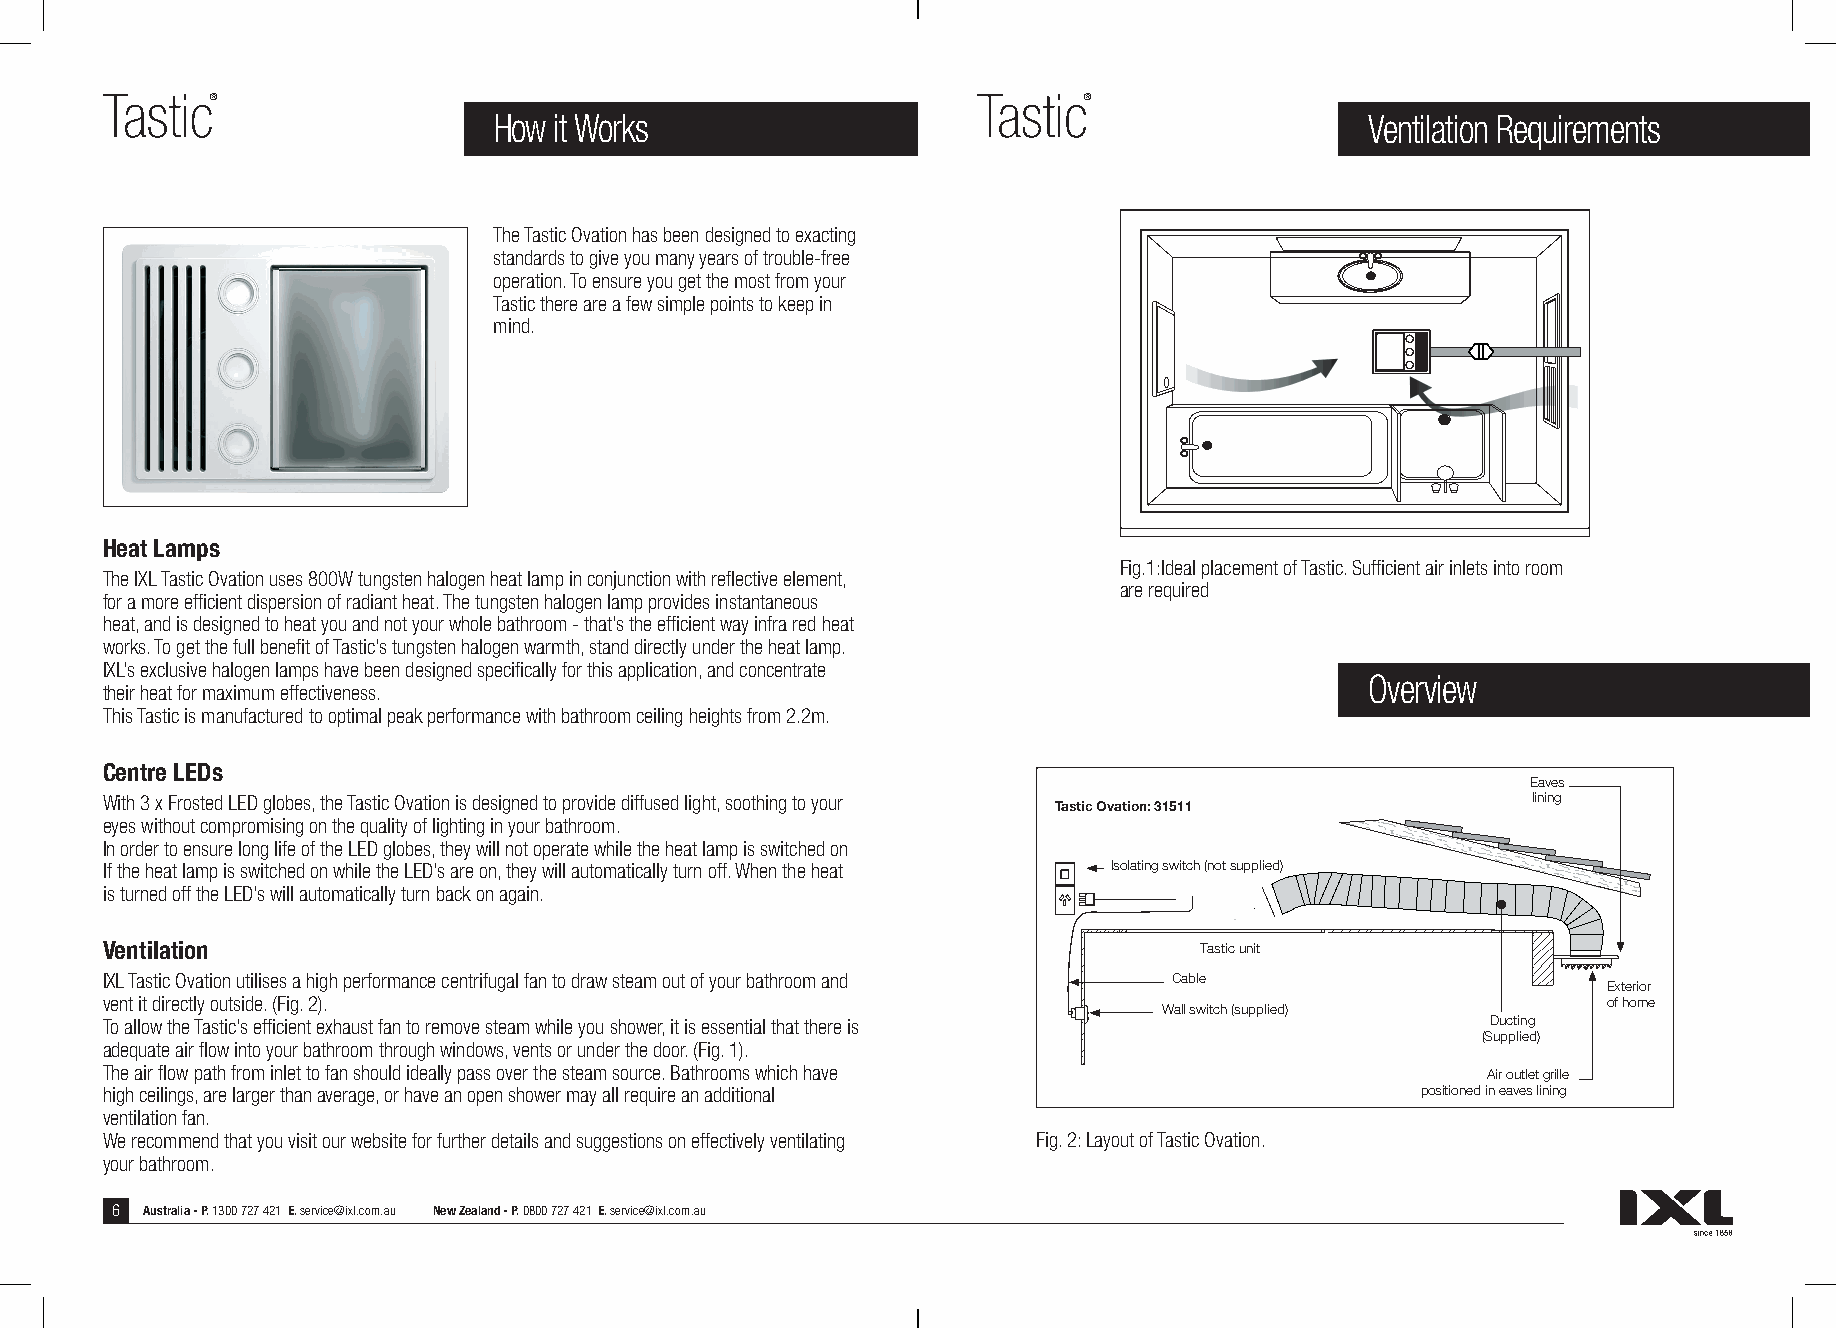
Tastic®                                                   Tastic®
 How it Works                                              Ventilation Requirements
 The Tastic Ovation has been designed to exacting
 standards to give you many years of trouble-free
 operation. To ensure you get the most from your
 Tastic there are a few simple points to keep in
 mind.
 Heat Lamps
 Fig.1:Ideal placement of Tastic. Sufficient air inlets into room
 The IXL Tastic Ovation uses 800W tungsten halogen heat lamp in conjunction with reflective element,
 are required
 for a more efficient dispersion of radiant heat. The tungsten halogen lamp provides instantaneous
 heat, and is designed to heat you and not your whole bathroom - that’s the efficient way infra red heat
 works. To get the full benefit of Tastic’s tungsten halogen warmth, stand directly under the heat lamp.
 IXL’s exclusive halogen lamps have been designed specifically for this application, and concentrate
 Overview
 their heat for maximum effectiveness.
 This Tastic is manufactured to optimal peak performance with bathroom ceiling heights from 2.2m.
 Centre LEDs
 Eav es
 With 3 x Frosted LED globes, the Tastic Ovation is designed to provide diffused light, soothing to your lining
 Tastic Ovation: 31511
 eyes without compromising on the quality of lighting in your bathroom.
 In order to ensure long life of the LED globes, they will not operate while the heat lamp is switched on
 If the heat lamp is switched on while the LED’s are on, they will automatically turn off. When the heat Isolating switch (not supplied)
 is turned off the LED’s will automatically turn back on again.
 Ventilation                                                             Tastic unit
 IXL Tastic Ovation utilises a high performance centrifugal fan to draw steam out of your bathroom and Cable
 Exterior
 vent it directly outside. (Fig. 2).                                                                of home
 Wall switch (supplied)
 To allow the Tastic’s efficient exhaust fan to remove steam while you shower, it is essential that there is Ducting
 (Supplied)
 adequate air flow into your bathroom through windows, vents or under the door. (Fig. 1).
 The air flow path from inlet to fan should ideally pass over the steam source. Bathrooms which have Air outlet grille
 high ceilings, are larger than average, or have an open shower may all require an additional positioned in eaves lining
 ventilation fan.
 We recommend that you visit our website for further details and suggestions on effectively ventilating Fig. 2: Layout of Tastic Ovation.
 your bathroom.
 6 Australia - P. 1300 727 421 E. service@ixl.com.au New Zealand - P. 0800 727 421 E. service@ixl.com.au